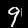
Digit: 9